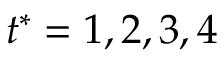
t ^ { * } = 1 , 2 , 3 , 4